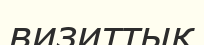
визиттық